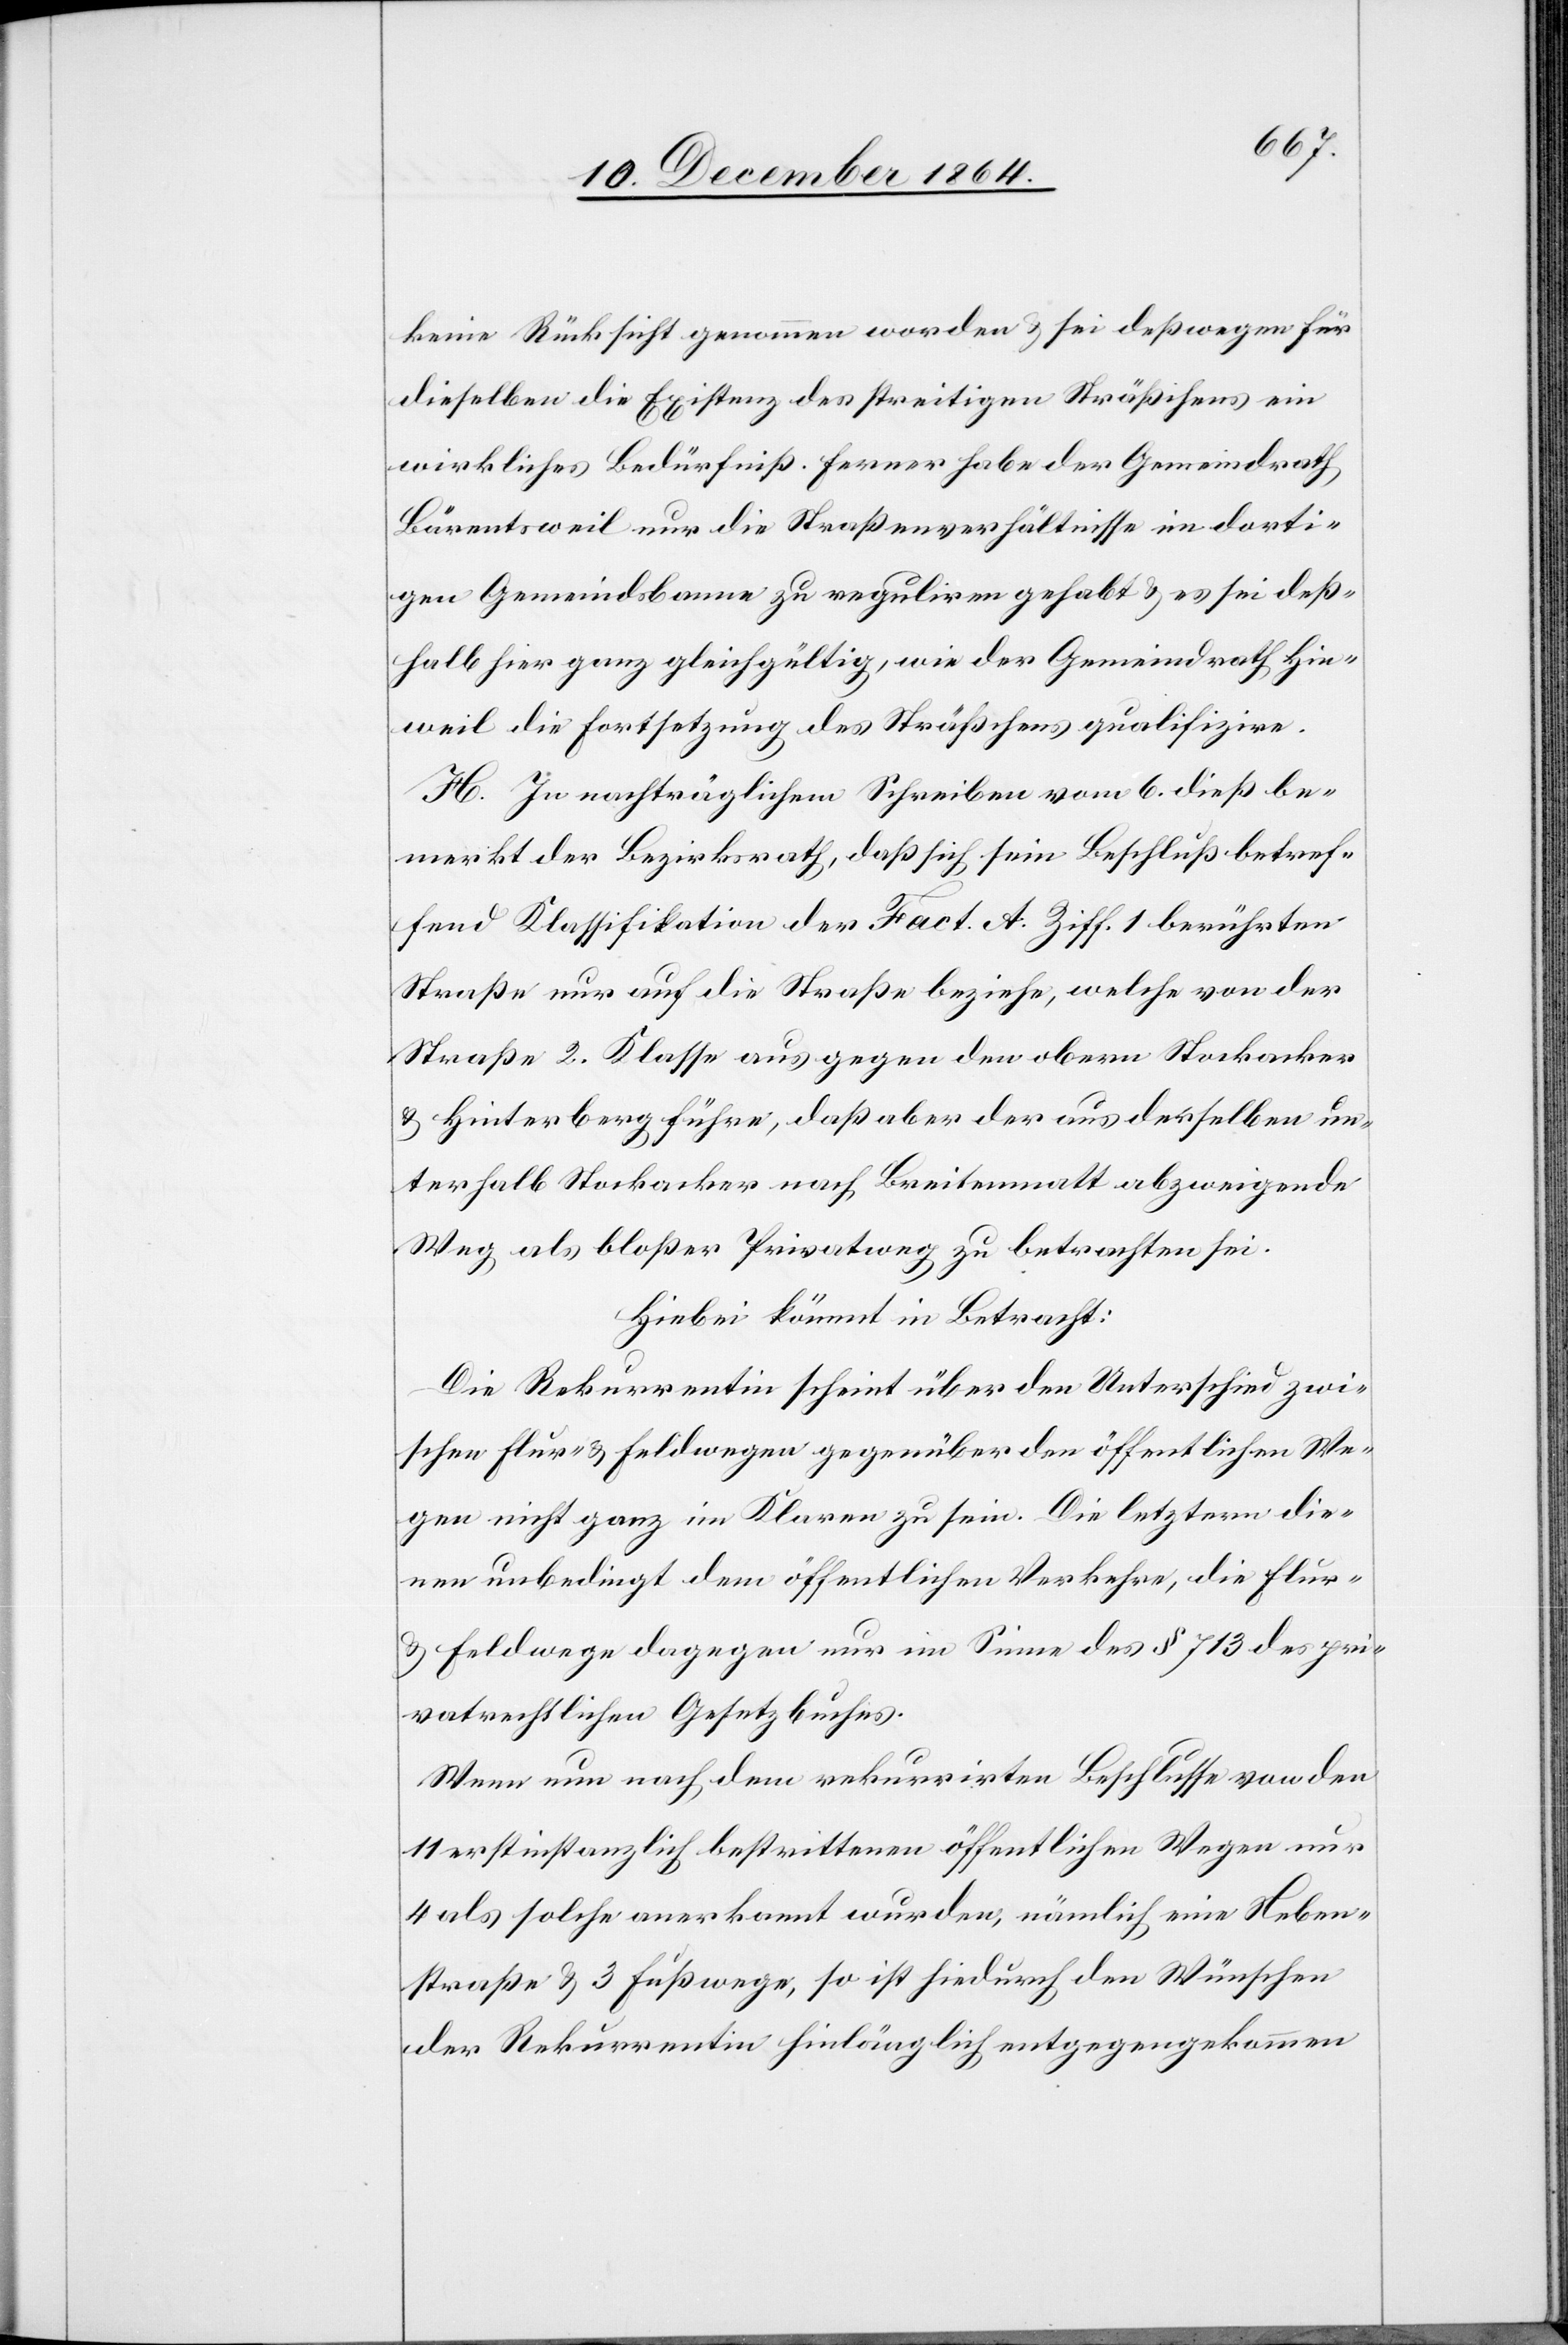
keine Rücksicht genommen worden & sei deßwegen für
dieselben die Existenz des streitigen Sträßchens ein
wirkliches Bedürfniß. Ferner habe der Gemeindrath
Bärentsweil nur die Straßenverhältnisse im dorti¬
gen Gemeindsbanne zu reguliren gehabt & es sei deß¬
halb hier ganz gleichgültig, wie der Gemeindrath Hin¬
weil die Fortsetzung des Sträßchens qualifizire.
H. In nachträglichem Schreiben vom 6. dieß be¬
merkt der Bezirksrath, daß sich sein Beschluß betref¬
fend Klassifikation der Fact. A Ziff. 1 berührten
Straße nur auf die Straße beziehe, welche von der
Straße 2. Klasse aus gegen den obern Stockacker
& Hinterberg führe, daß aber der aus derselben un¬
terhalb Stockacker nach Breitenmatt abzweigende
Weg als bloßer Privatweg zu betrachten sei.
Hiebei kommt in Betracht:
Die Rekurrentin scheint über den Unterschied zwi¬
schen Flur- & Feldwegen gegenüber den öffentlichen We¬
gen nicht ganz im Klaren zu sein. Die letztern die¬
nen unbedingt dem öffentlichen Verkehre, die Flur-
& Feldwege dagegen nur im Sinne des § 713 des pri¬
vatrechtlichen Gesetzbuches.
Wenn nun nach dem rekurrirten Beschlusse von den
11 erstinstanzlich bestrittenen öffentlichen Wegen nur
4 als solche anerkannt wurden, nämlich eine Neben¬
straße & 3 Fußwege, so ist hiedurch den Wünschen
der Rekurrentin hinlänglich entgegengekommen